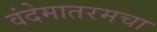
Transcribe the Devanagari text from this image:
वंदेमातरमचा